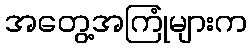
အတွေ့အကြုံများက